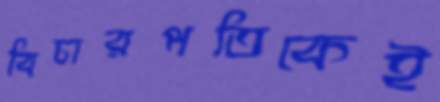
বিচারপতিকেই